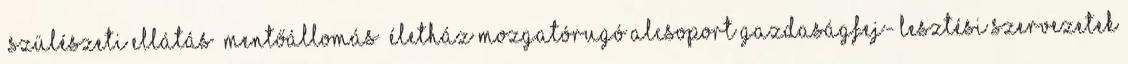
▪Szülészeti ellátás ▪Mentőállomás ▪Életház Mozgatórugó alcsoport Gazdaságfej- lesztési szervezetek